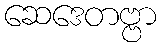
ဆေဒေတဗ္ဗာ